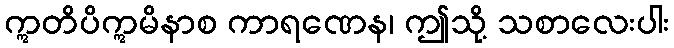
ဣတိပိဣမိနာစ ကာရဏေန၊ ဤသို့ သစာလေးပါး